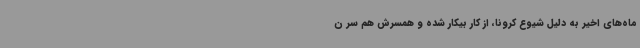
ماه‌های اخیر به دلیل شیوع کرونا، از کار بیکار شده و همسرش هم سر ن